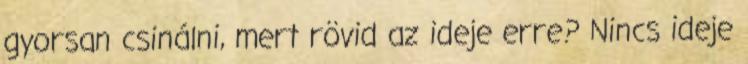
gyorsan csinálni, mert rövid az ideje erre? Nincs ideje